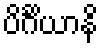
ပိင်္ဂိယာနိ